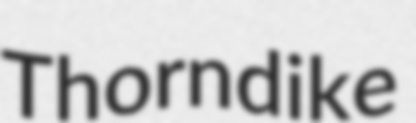
Thorndike